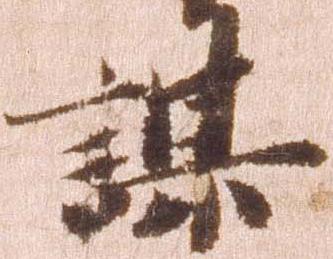
謀